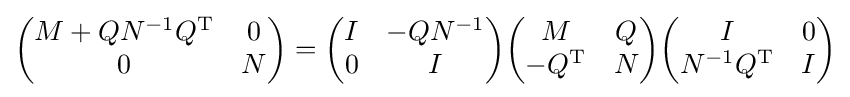
{\begin{pmatrix}M+QN^{-1}Q^{\mathrm {T} }&0\\0&N\end{pmatrix}}={\begin{pmatrix}I&-QN^{-1}\\0&I\end{pmatrix}}{\begin{pmatrix}M&Q\\-Q^{\mathrm {T} }&N\end{pmatrix}}{\begin{pmatrix}I&0\\N^{-1}Q^{\mathrm {T} }&I\end{pmatrix}}